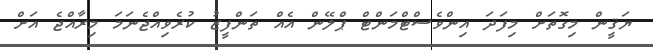
ޔަޤީން މިގޮތަށް މިފަދަ އިންވެސްޓްމަންޓް ޕްލޭން އެއް ތަންފީޒު ކުރެވިއްޖެނަމަ މިރާއްޖެ އަށް